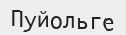
Пуйольге